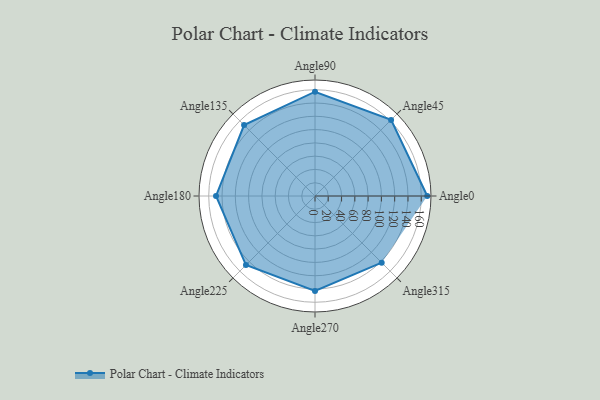
{"axis": {"x": "Angle", "y": "Radius"}, "legend": [""], "data": [{"x": "Angle0", "y": 169.0, "type": ""}, {"x": "Angle45", "y": 162.0, "type": ""}, {"x": "Angle90", "y": 157.0, "type": ""}, {"x": "Angle135", "y": 151.0, "type": ""}, {"x": "Angle180", "y": 149.0, "type": ""}, {"x": "Angle225", "y": 147.0, "type": ""}, {"x": "Angle270", "y": 143.0, "type": ""}, {"x": "Angle315", "y": 142.0, "type": ""}]}